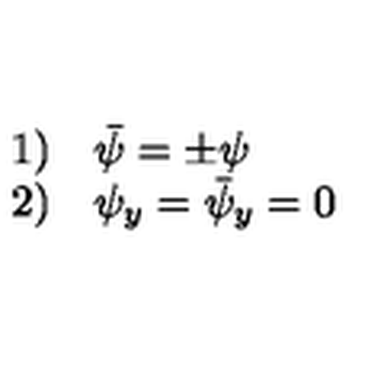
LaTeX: \begin{array} { l l } { 1 ) } & { \bar { \psi } = \pm \psi } \\ { 2 ) } & { \psi _ { y } = \bar { \psi } _ { y } = 0 } \\ \end{array}